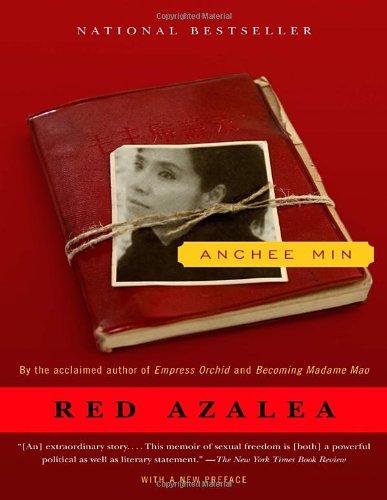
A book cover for Red Azalea; Anchee Min; Biographies & Memoirs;